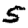
Digit: 5